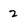
Character: 2